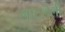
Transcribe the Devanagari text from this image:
लाटलेली